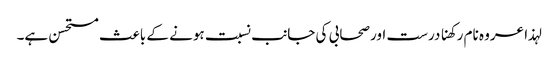
لہذا عروہ نام رکھنا درست اورصحابی کی جانب نسبت ہونے کے باعث مستحسن ہے۔